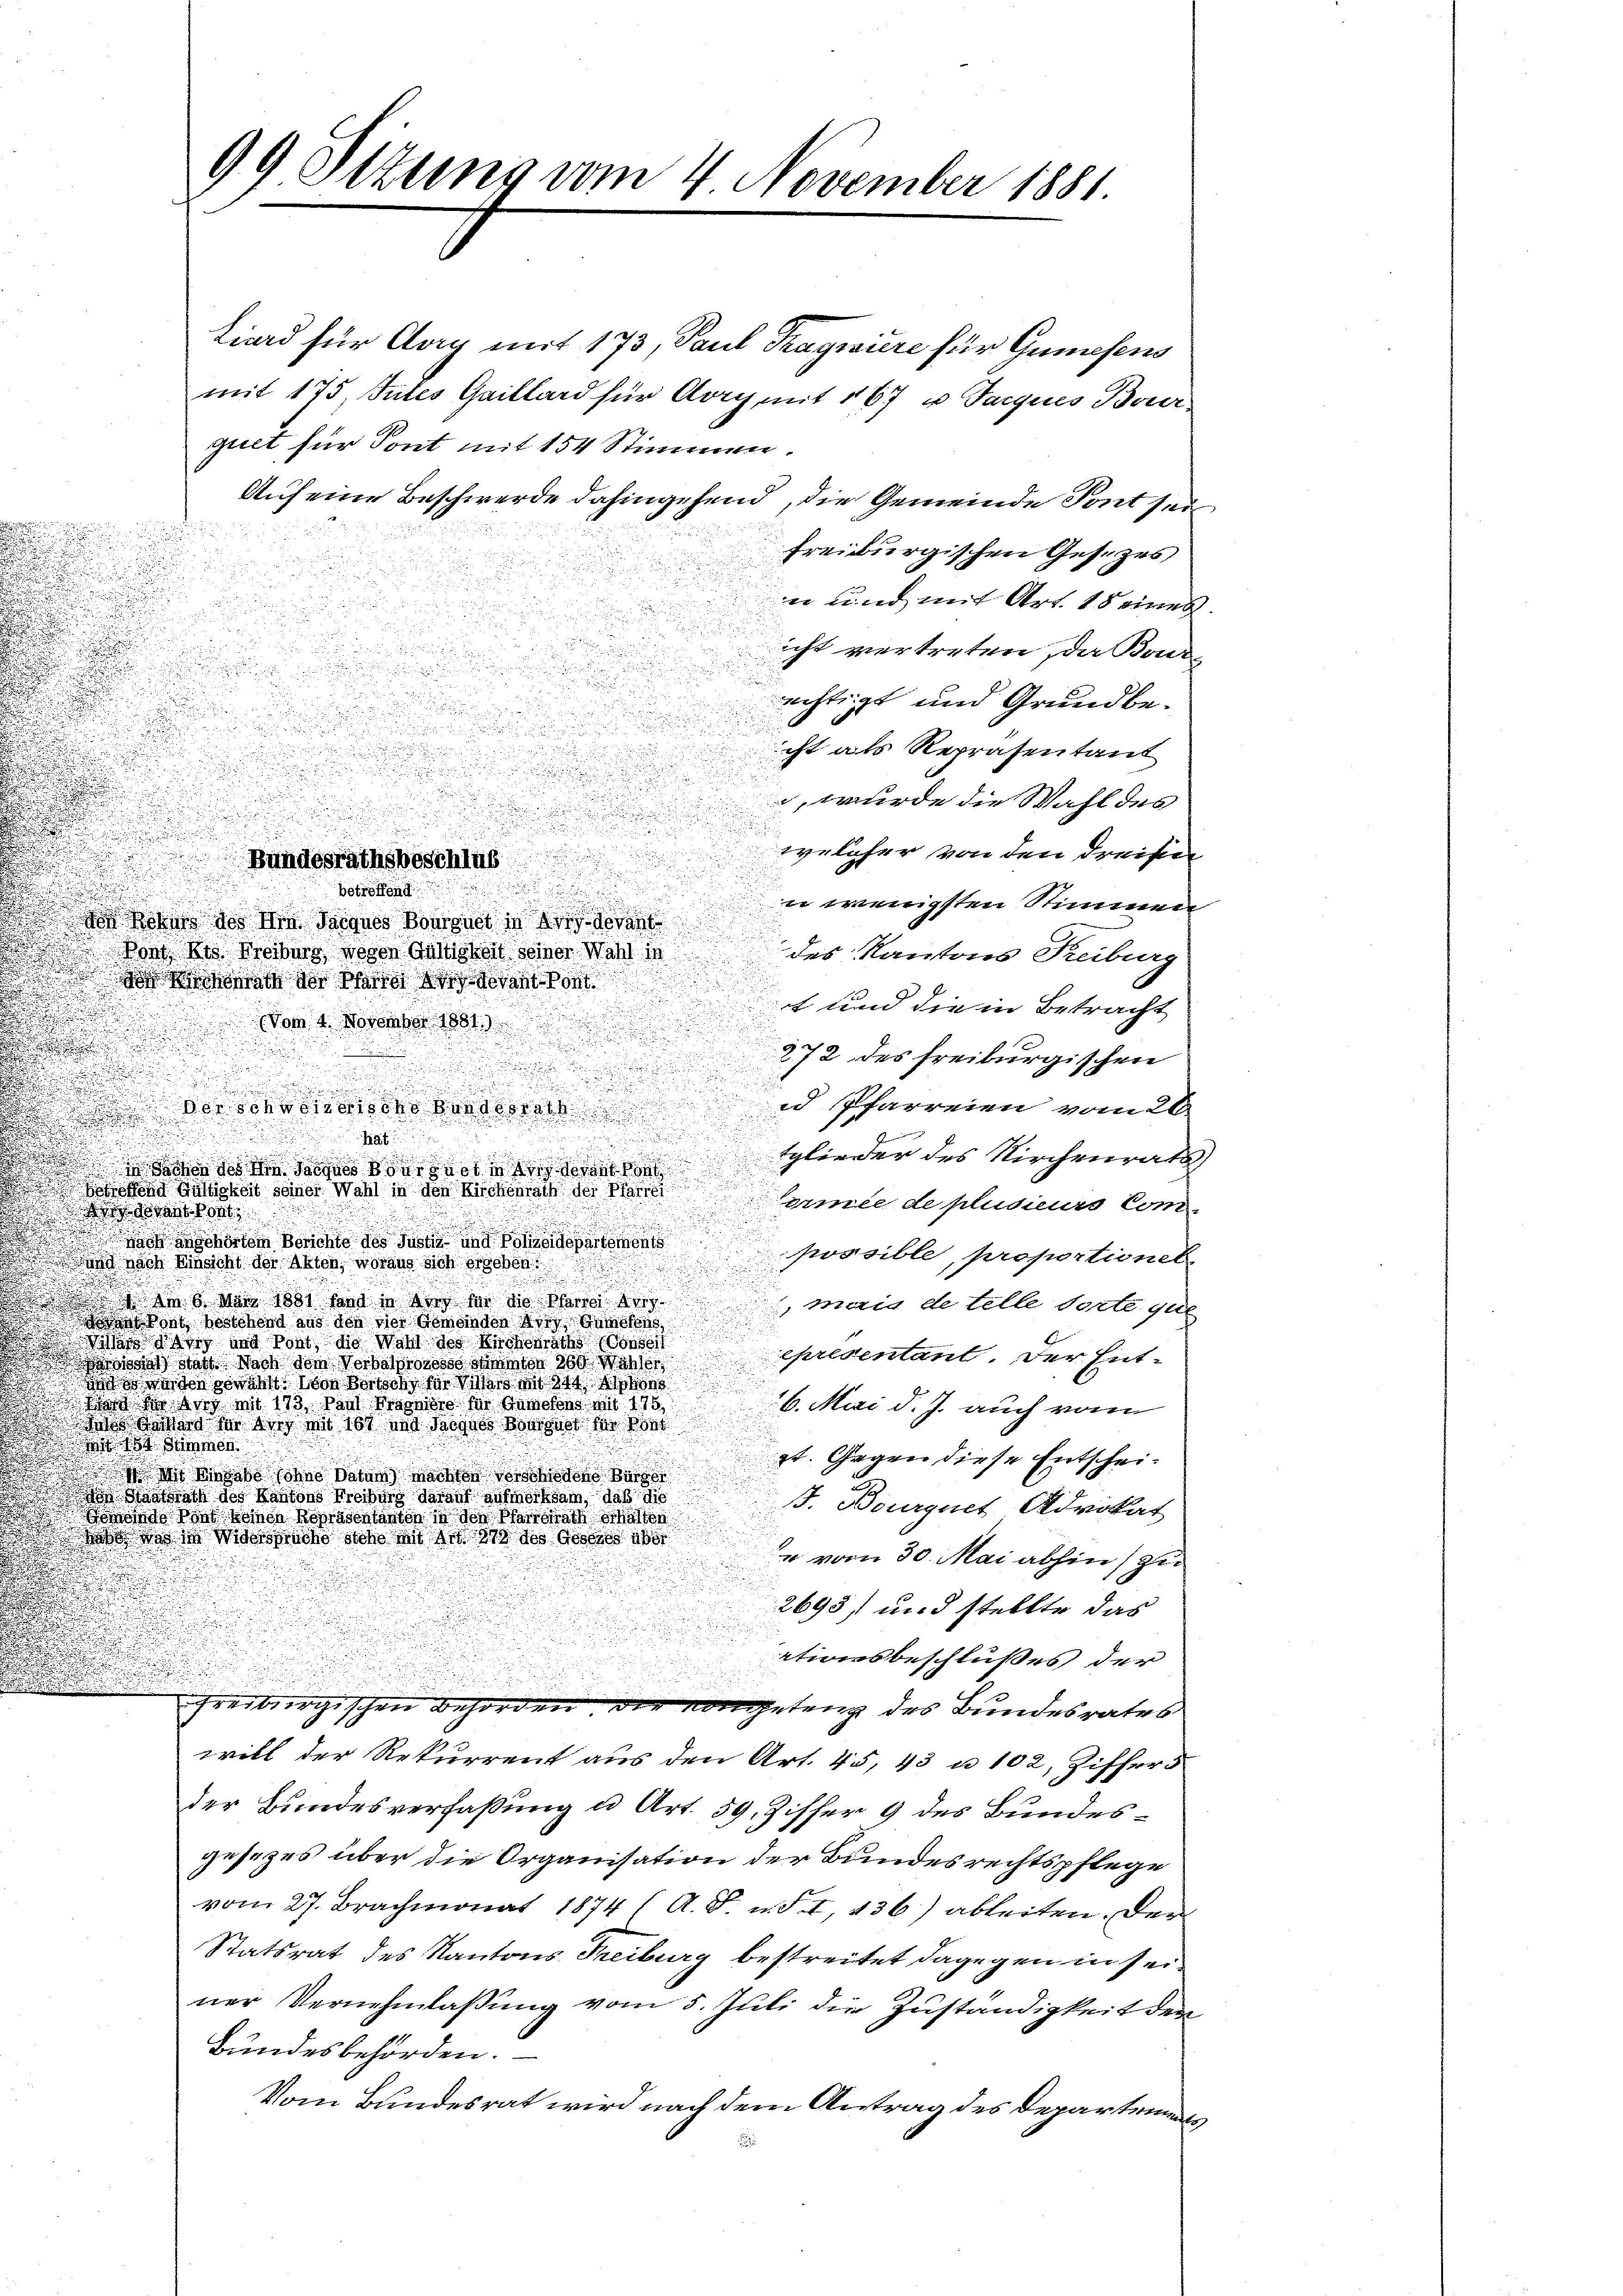
Liard für Clag mit 173, Paul Tragwiere für Gumosens
mit 175, Tutes Gaillard für Aarg mit 167 u. Tarques Bauer-
quet für Sont mit 154 Stimmen.
Auf eine Beschwerde dahingehend, die Gemeinde Pont sein
freiburgischen Gesezes
n und mit Art. 18 eines
sicht vertreten da Bourechtigt und Grundbeicht als Repräsentant
n
, wurde die Wahl des

d
welcher von den dreifen
u
Bundesrathsbeschlus
n
betreffend

n wenigsten Stimmen
 an des Die Sargnes Bougnet in der darant
 ont des Kreiburg wegen Gültigkeit seiner Wahl in
des Kantons Treiburg
.
.
r Kinderart der Pfarrer der Gedant cont
.
et und die in Betracht
.
vom 4. November 1881
e
.
272 des freiburgischen
n

.
id Pfarreien vom 26.
ison und
n
.

a
u
 daher des dem Saches der von der der begleicher des Kirchenrath,
 uikeit seiner Wahl in den Kirchenrath der Pfarrer
Formée de plusieurs Com
anton
  oder von des den und
possible, proportionel
 nach Einsicht der Akten, woraus sich ergeben:

) am 6. Mai 1881 hand in der der die Pfarrer Au
mais de telle dorte que
skost bestehend aus den der Gemeinden die Gemein
wisse den und Pont, die Wahl der Kirchenraths Conseil
epresentant. Der Entdal test. Nach dem Vorkehrtes der das Wasser
uet werden gewählt, von Bertsche für der mit 344 An

Wart der vor mit 173, Paul Magniere für Anwesens mit 178,
26. Mai d. J. auch von

 wir in dies mit 100 und Sargnes vorgelt der ein
.
 1 Stimmen.
d
2t. Gegen diese Entschei¬
.
dhi Kindes Sohne Datum machten verschiedene Bürger
don Staatsrath des Kantons Freiburg darauf aufmerksam, daß die
F. Bourquet Advokat
 Wort einen Repräsentanten in der Pfarrath erhalten
ab was in Widersche siche mit Art. 1878 des Geschen aber
e vom 30. Mai abhin) zu
2695 und stellte das
ationsbeschlußes der

hreibergischen Behörden der eingetanz des Bundesrates
will der Rekurrent aus den Art. 45, 43 u. 102, Ziffers
der Bundesverfaßung u Art. 59. Ziffer 9 des Bundesgesezes über die Organisation der Bundesrechtspflege
vom 27. Brachmonat 1874 (A. S. u. S. I, 436) ableiten. Der
Statsrat des Kantons Freiburg bestreitet dagegen in seiner Vernehmlaßung vom 5. Juli die Zuständigkeit der
Bundesbehörden.
Vom Bundesrat wird nach dem Antrag des Departements

99 Sizung vom 4 November 1881.